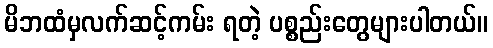
မိဘထံမှလက်ဆင့်ကမ်း ရတဲ့ ပစ္စည်းတွေများပါတယ်။